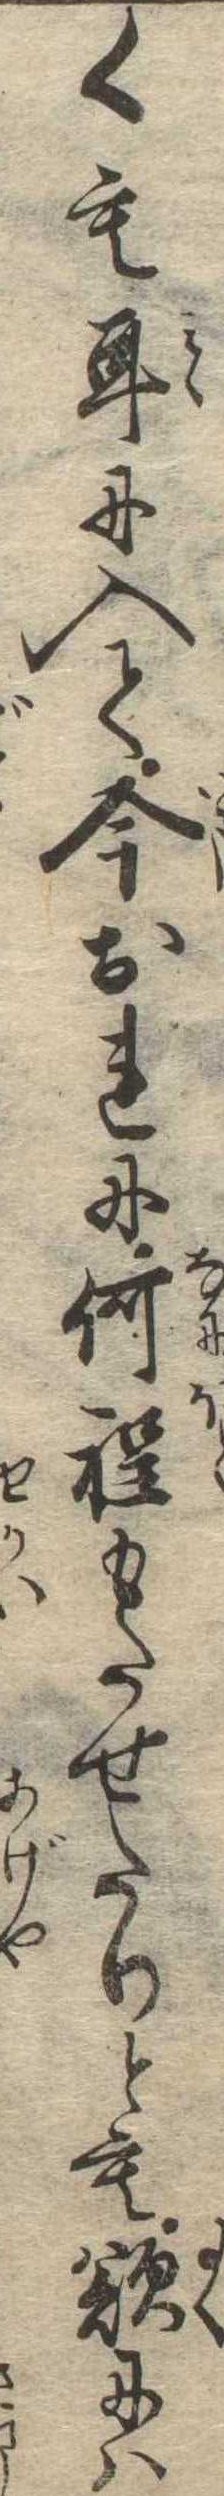
くも耳に入て今おれに何程もたせたりとも欲には